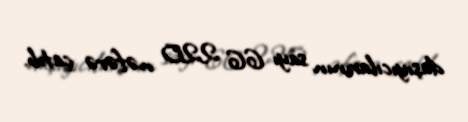
daşıyıcılarının sayı 66 220 nəfərə çatıb.